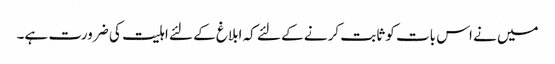
میں نے اس بات کو ثابت کرنے کے لئے کہ ابلاغ کے لئے اہلیت کی ضرورت ہے۔